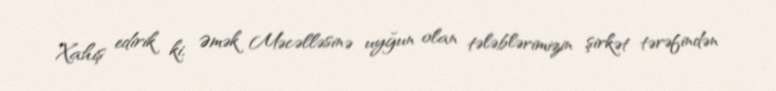
Xahiş edirik ki, Əmək Məcəlləsinə uyğun olan tələblərimizin şirkət tərəfindən